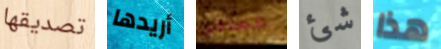
تصديقها أريدها مساكن شئ هذا